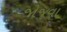
જોજવા